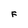
Character: F